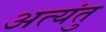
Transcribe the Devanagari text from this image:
अत्यंतु